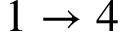
1 \rightarrow 4